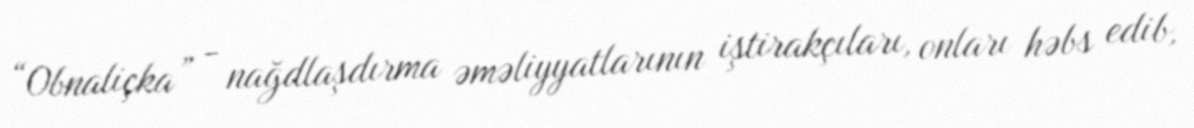
“Obnaliçka” - nağdlaşdırma əməliyyatlarının iştirakçıları, onları həbs edib,